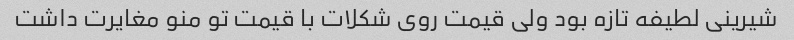
شیرینی لطیفه تازه بود ولی قیمت روی شکلات با قیمت تو منو مغایرت داشت